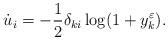
LaTeX: \begin{align*}\dot{u}_i&=-\frac{1}{2}\delta_{ki} \log (1+y_k^{\varepsilon}).\end{align*}